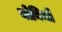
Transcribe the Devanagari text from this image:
बोबियो